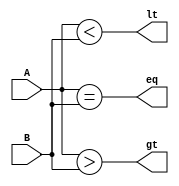
module comparator_64bit (
    input [63:0] A,
    input [63:0] B,
    output eq, // equal 
    output gt, // greater than
    output lt //less than
);

assign eq = (A == B);
assign gt = (A > B);
assign lt = (A < B);

endmodule